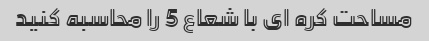
مساحت کره ای با شعاع 5 را محاسبه کنید